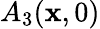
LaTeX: A_{3}(\mathbf{x},0)